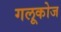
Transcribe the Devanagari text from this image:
गलूकोज